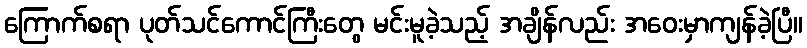
ကြောက်စရာ ပုတ်သင်ကောင်ကြီးတွေ မင်းမူခဲ့သည့် အချိန်လည်း အဝေးမှာကျန်ခဲ့ပြီ။